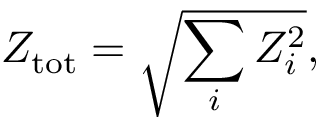
Z _ { \mathrm { t o t } } = \sqrt { \sum _ { i } Z _ { i } ^ { 2 } } ,